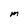
Character: M